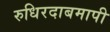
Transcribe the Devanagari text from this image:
रुधिरदाबमापी